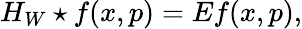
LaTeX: H_{W}\star f(x,p)=Ef(x,p),